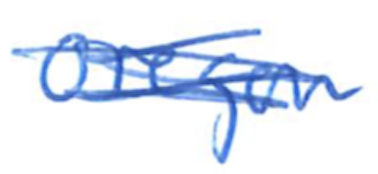
Text: Oregon
Cross-out: mix
Writing tool: ballpoint